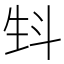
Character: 𤯘